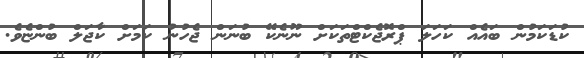
ކުޑަކަމުން ބައެއް ކަހަލަ ޕްރޮޖެކްޓްތަކަށް ނޫނެކޭ ބުނަން ޖެހުނު ކަމަށް ކާޖަލް ބުންޏެވެ.